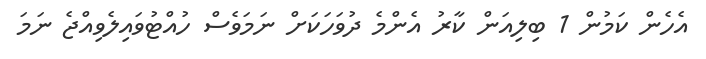
އެހެން ކަމުން 1 ބިލިއަން ކާރު އެންމެ ދުވަހަކަށް ނަމަވެސް ހުއްޓުވައިލެވިއްޖެ ނަމަ